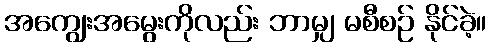
အကျွေးအမွေးကိုလည်း ဘာမျှ မစီစဉ် နိုင်ခဲ့။